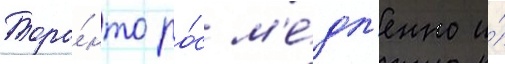
Торо́нто ро́с м'е́дл'енно и́